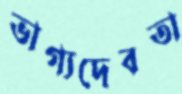
ভাগ্যদেবতা